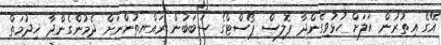
އޭގެ އިތުރުން އަލަށް ހުޅުވިގެންދާ ޕޮލިސް ޕޯސްޓްގެ ސަބަބުން ރައްޔިތުންނަށް ދެމުންގެންދާ ޚިދުމަތް